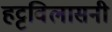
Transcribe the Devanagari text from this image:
हट्टविलासनी